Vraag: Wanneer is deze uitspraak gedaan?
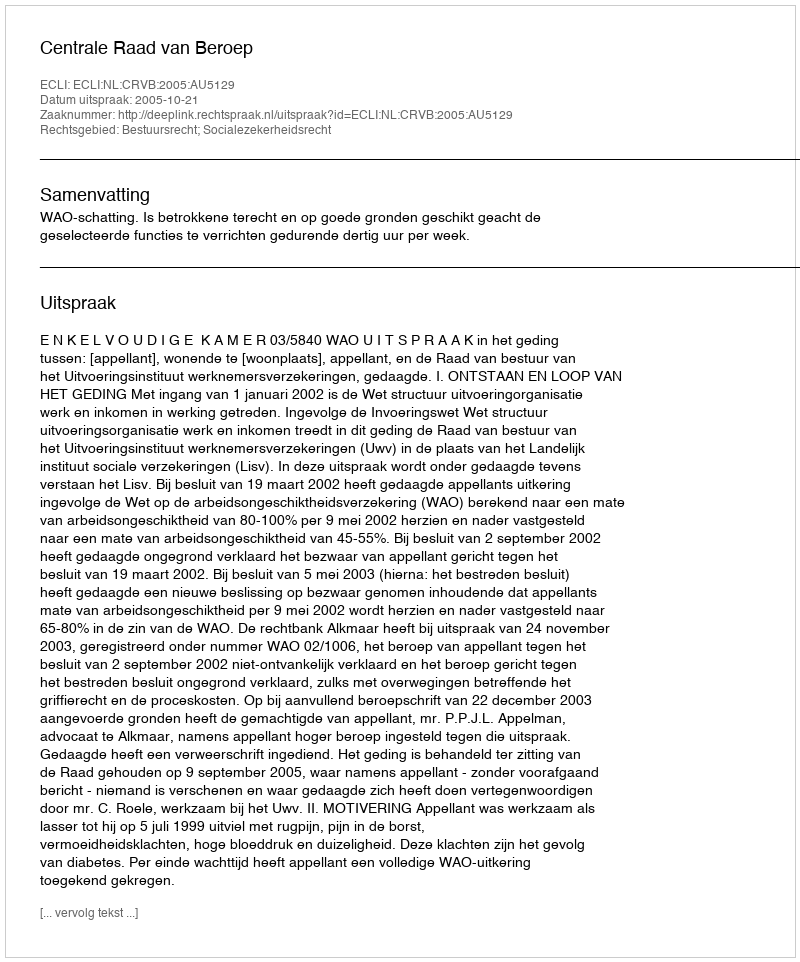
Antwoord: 2005-10-21